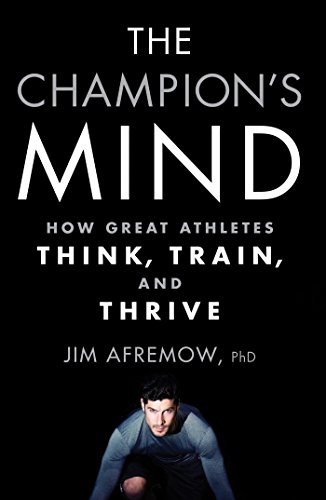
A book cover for The Champion's Mind: How Great Athletes Think, Train, and Thrive; Jim Afremow; Sports & Outdoors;